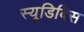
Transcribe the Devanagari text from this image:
स्यूडिबिस